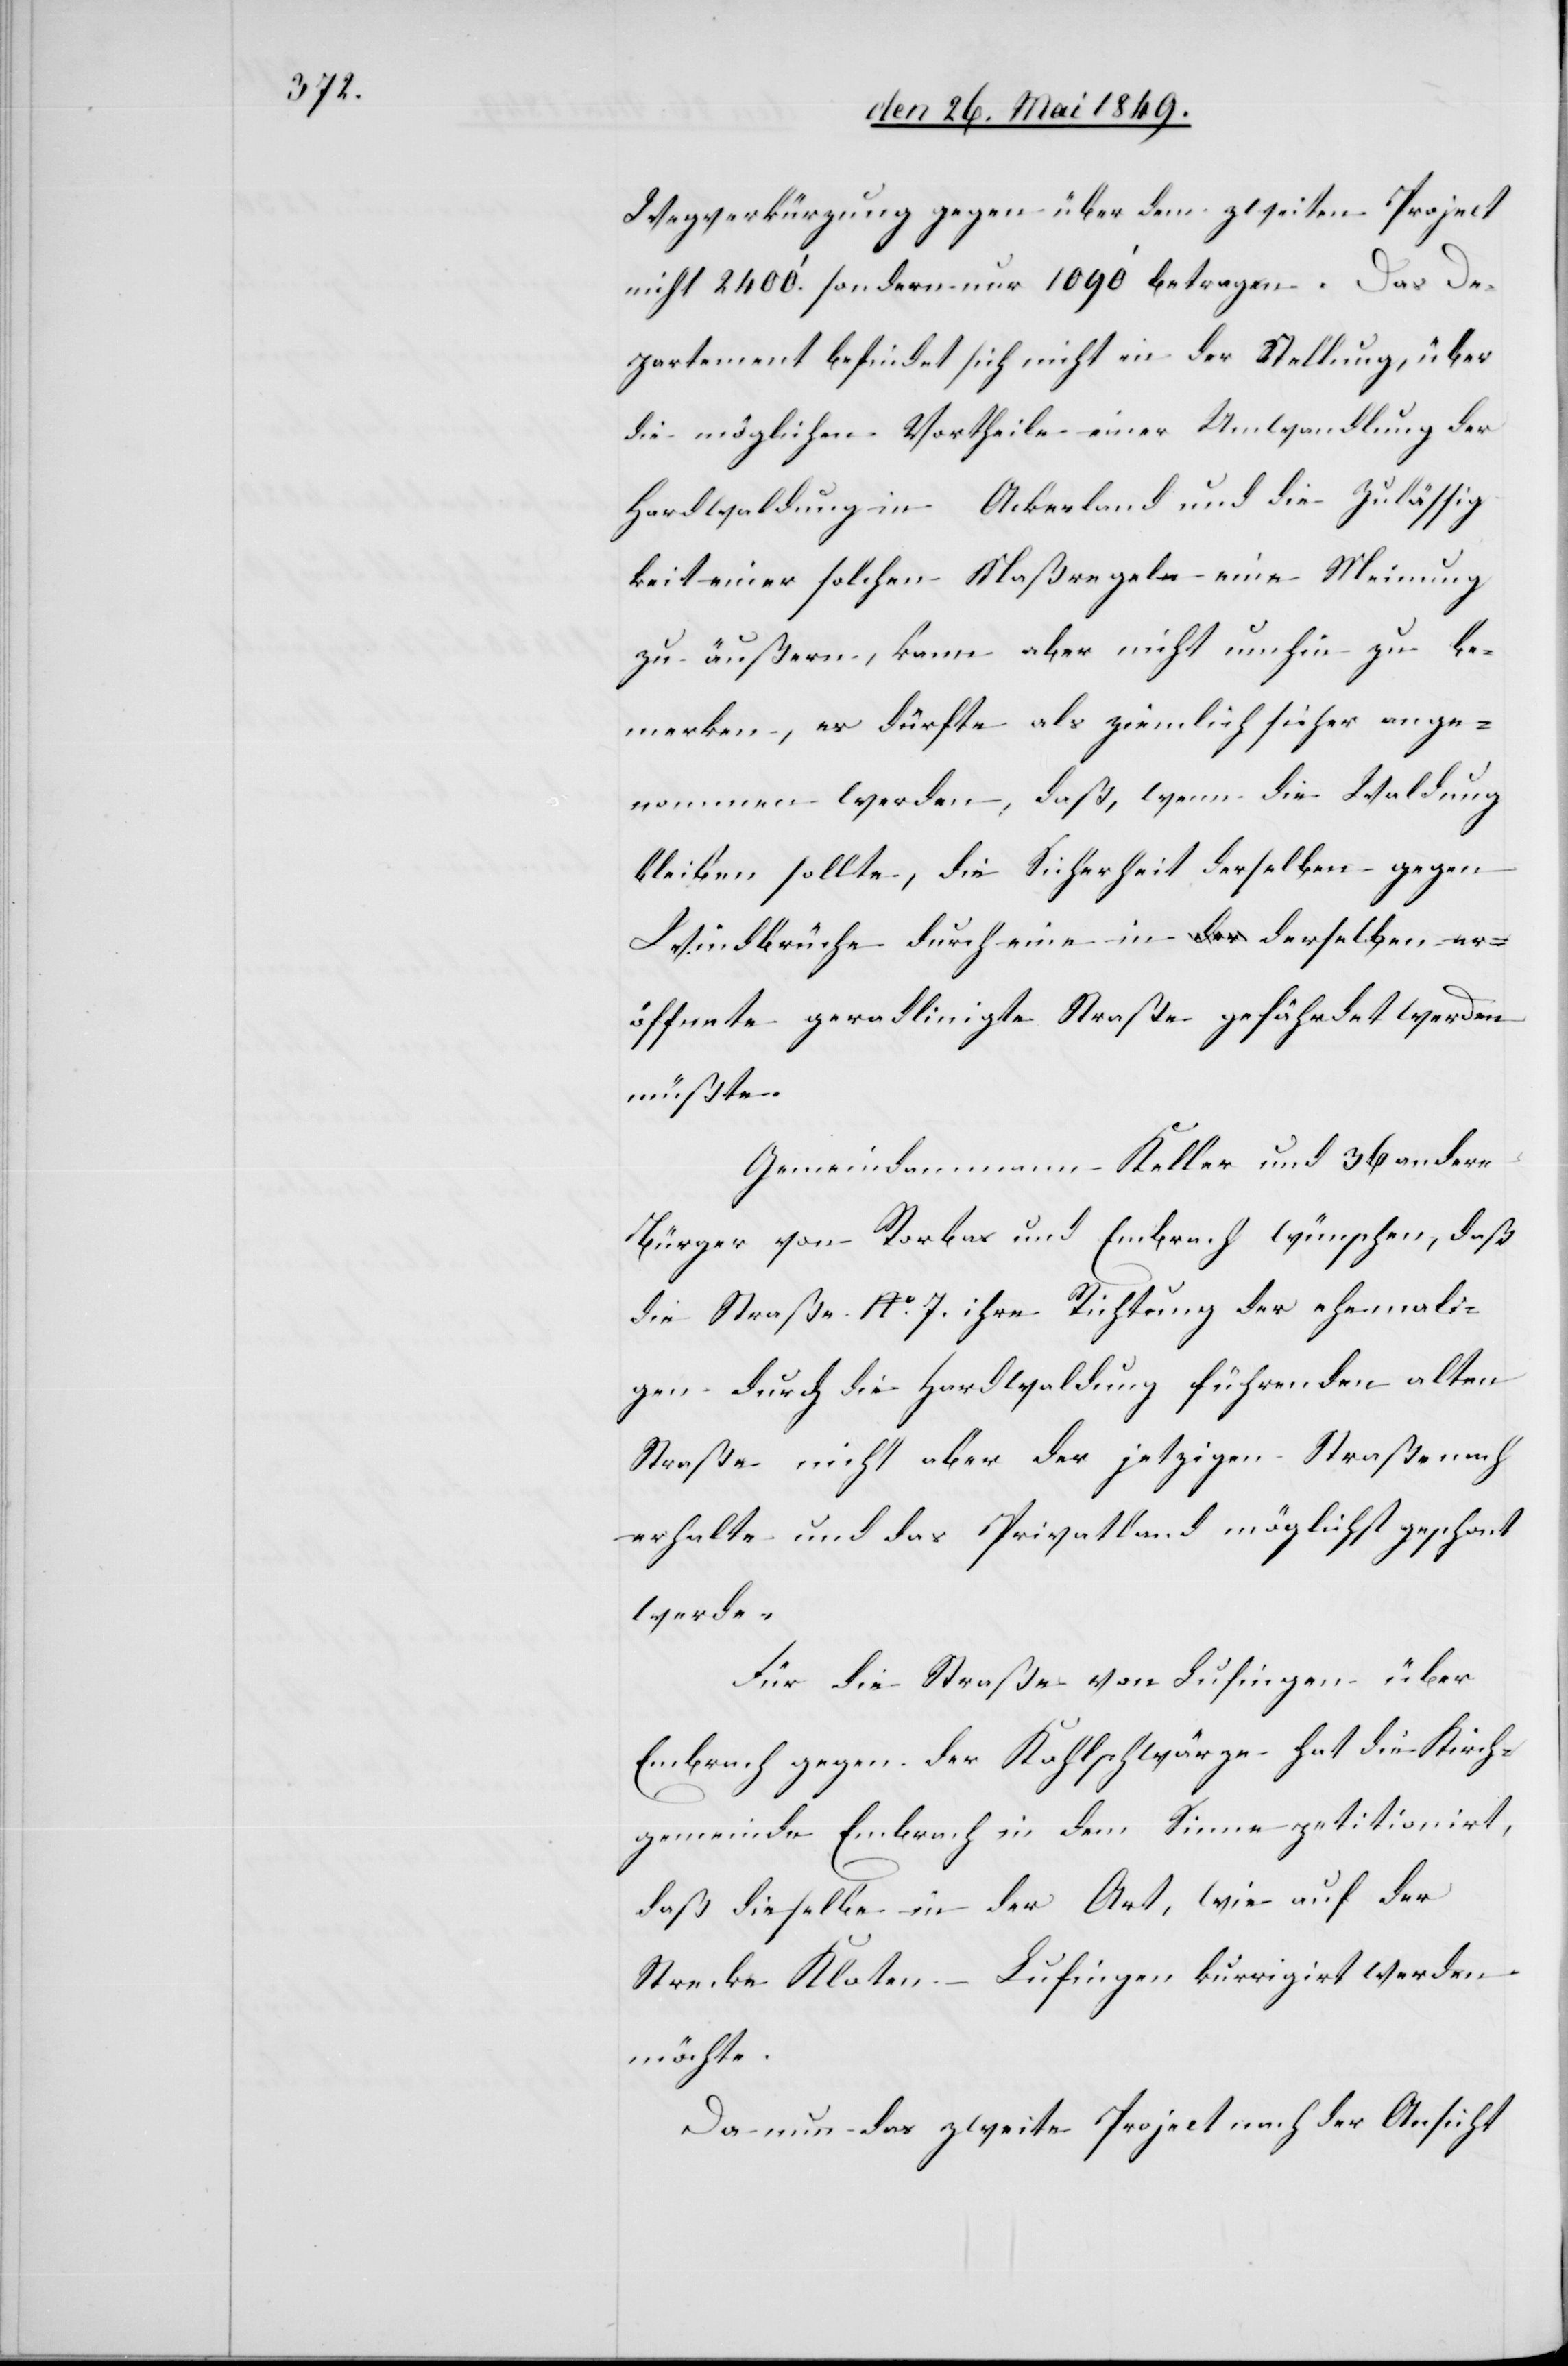
Wegverkürzung gegenüber dem zweiten Project
nicht 2400‘. sondern nur 1090‘ betragen. Das De¬
partement befindet sich nicht in der Stellung, über
die möglichen Vortheile einer Umwandlung der
Hardwaldung in Ackerland und die Zulässig¬
keit einer solchen Maßregel eine Meinung
zu äußern, kann aber nicht umhin zu be¬
merken, es dürfte als ziemlich sicher ange¬
nommen werden, daß, wenn die Waldung
bleiben sollte, die Sicherheit derselben gegen
Windbrüche durch eine in derselben er¬
öffnete geradlinigte Straße gefährdet werden
müßte.
Gemeindammann Keller und 36 andere
Bürger von Rorbas und Embrach wünschen, daß
die Straße No 7. ihre Richtung der ehemali¬
gen durch die Hardwaldung führenden alten
Straße nicht aber der jetzigen Straße nach
erhalte und das Privatland möglichst geschont
werden
Für die Straße von Lufingen über
Embrach gegen der Kohlschwärze hat die Kirch¬
gemeinde Embrach in dem Sinne petitionirt,
daß dieselben in der Art, wie auf der
Strecke Kloten-Lufingen kurrigirt [sic!]
möchte.
Da nun das zweite Project nach der Ansicht